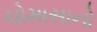
ચોમાસાનો